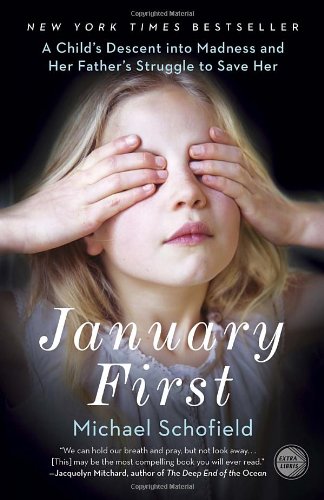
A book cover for January First: A Child's Descent into Madness and Her Father's Struggle to Save Her; Michael Schofield; Health, Fitness & Dieting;